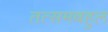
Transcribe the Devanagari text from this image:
तत्समबहुल